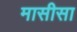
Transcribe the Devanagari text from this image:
मासीसा